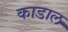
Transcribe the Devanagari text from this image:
काडाल